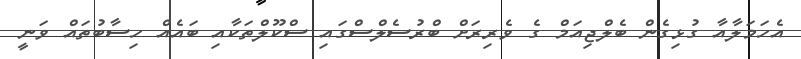
އެހަމަލާއާ ގުޅިގެން ބެލްޖިއަމް ގެ ވެރިރަށް ބްރުސެލްސްގައި ސްކޫލްތަކާއި ބައެއް ހިސާބުތައް ވަނީ